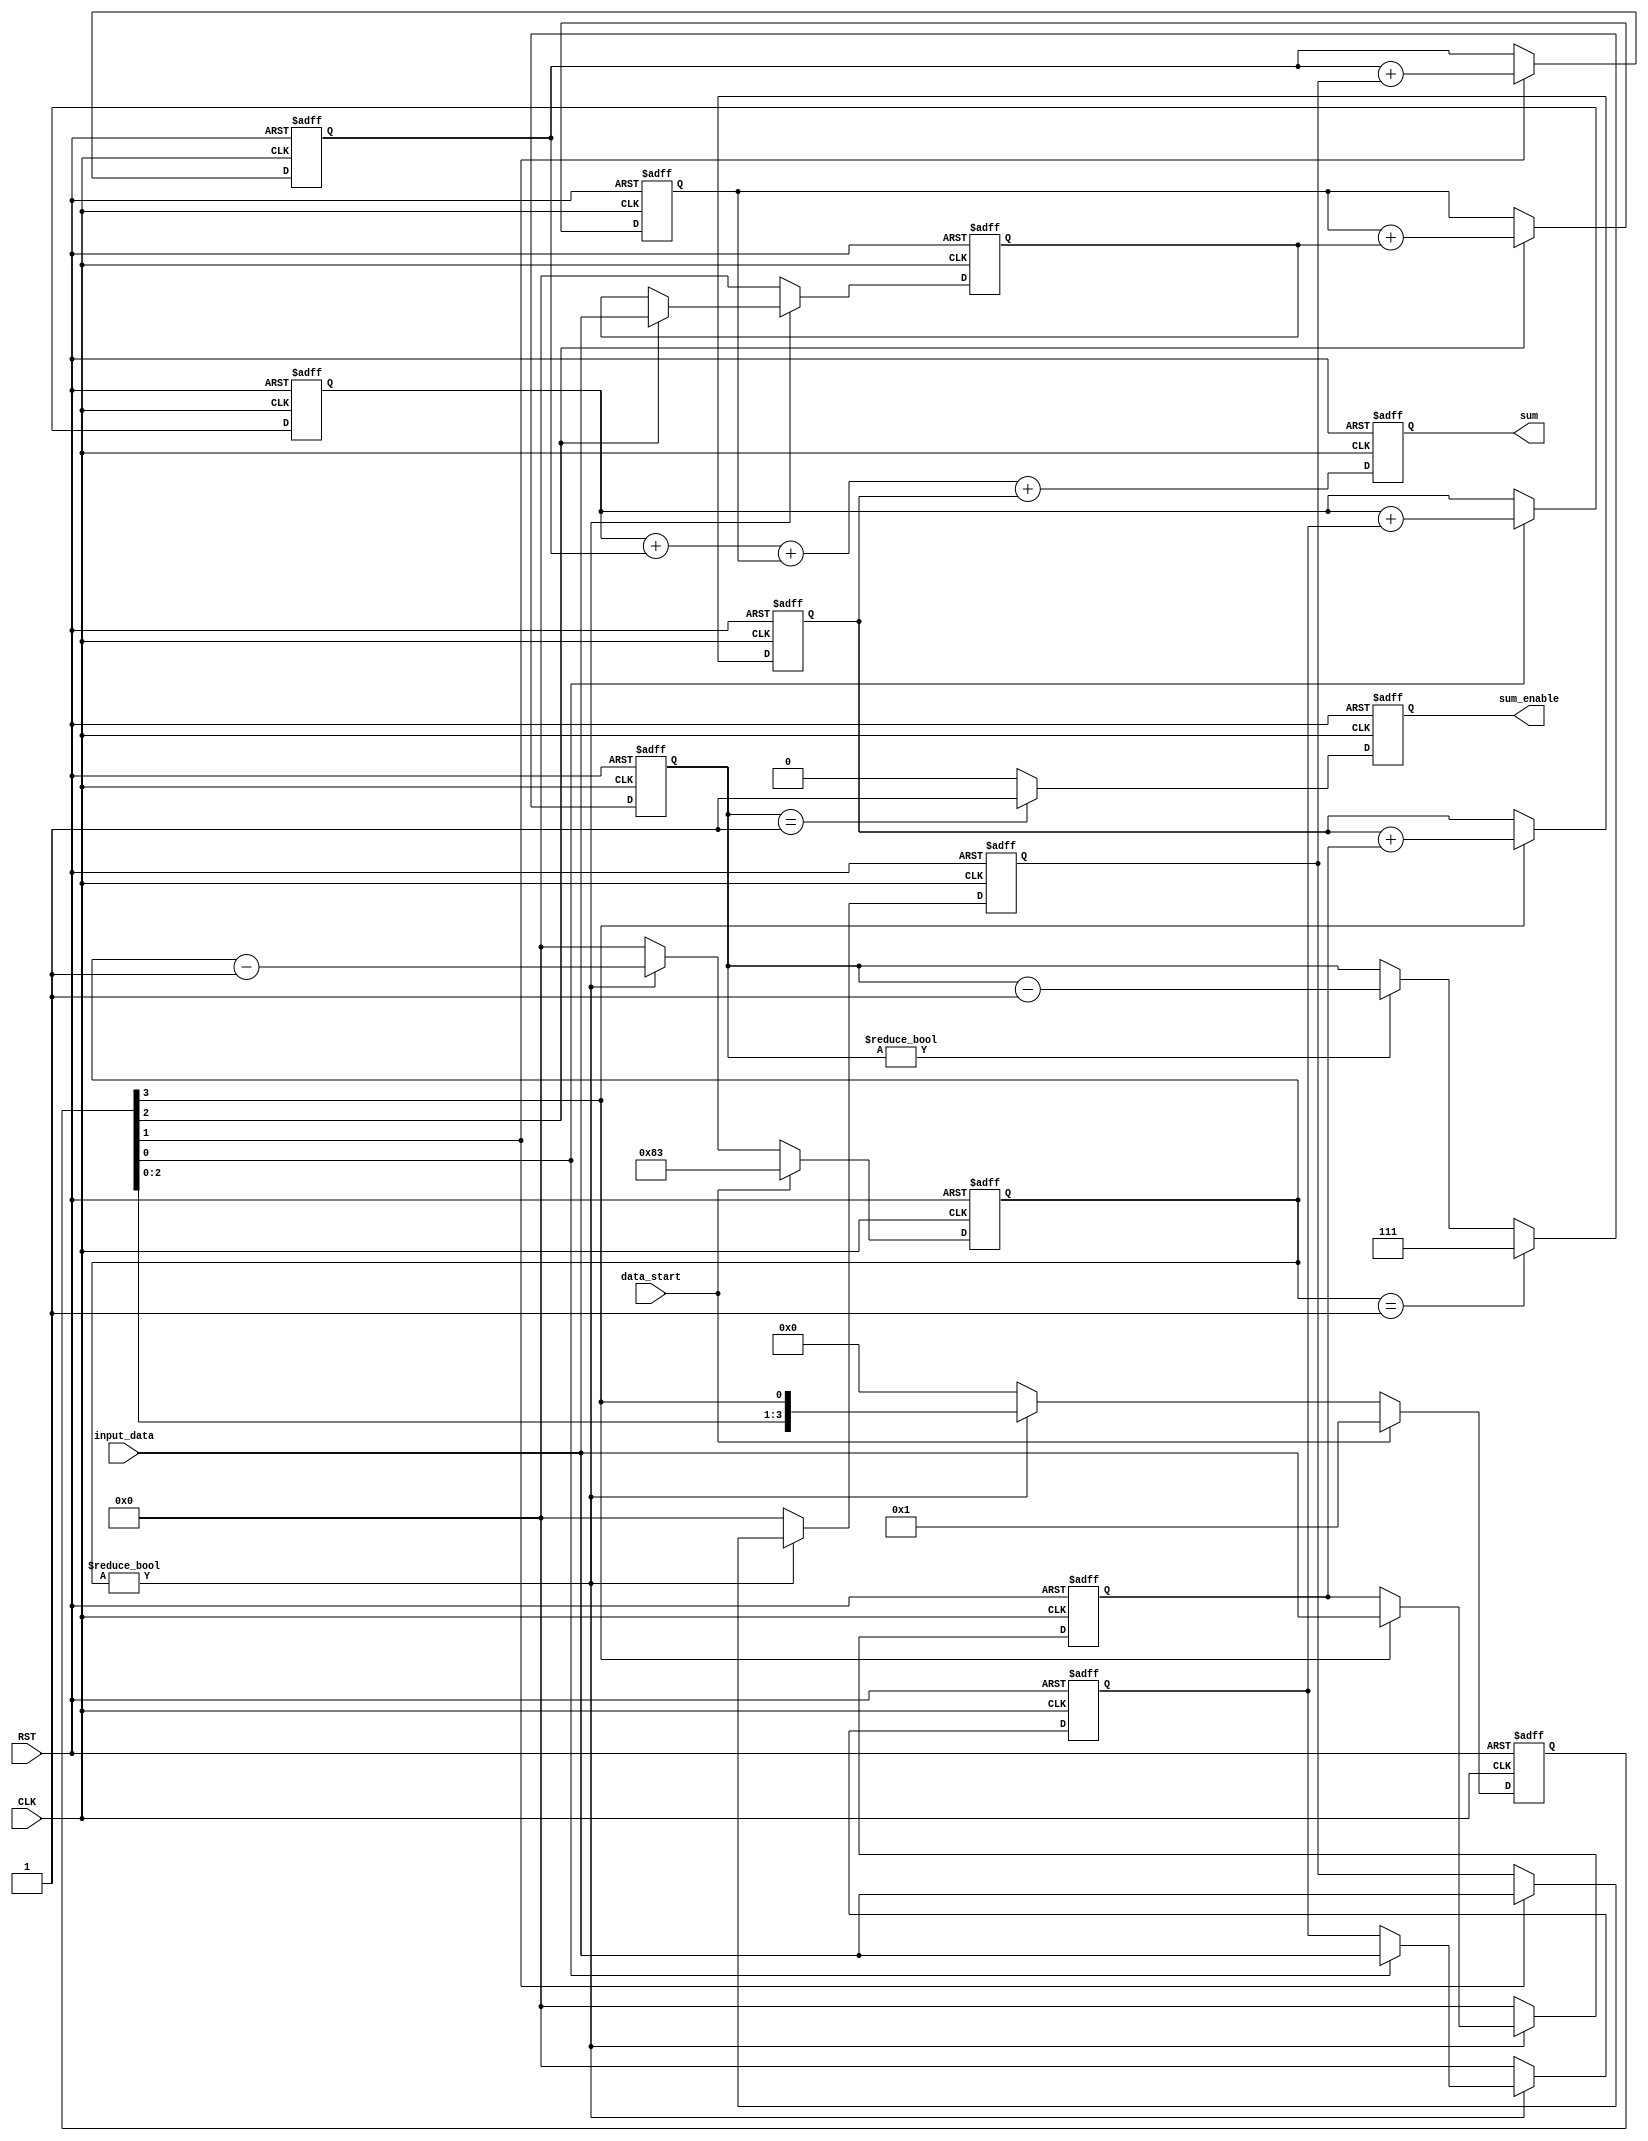
/***********************************************
Module Name:   Sum_Paralell_Enable
Feature:       8 bits summer, 128 input per group 
Coder:         Garfield
Organization:  XXXX Group, Department of Architecture
------------------------------------------------------
Input ports:   input_data, 8 bits, operents
							 data_start, 1 bit, first data flag
               CLK, 1bit clock
               RST, 1 bit, reset
Output Ports:  sum, 17 bits, sum of the 128 inputs
               sum_enable, 1 bit, right result output flag
------------------------------------------------------
History:
01-13-2016: First Version by Garfield
01-13-2016: First verified by Sum_Paralell_Enable_test  ISE/Modelsim
***********************************************/

module sum_parallel_enable
  ( 
    input[7:0] input_data,
    input data_start,
    input CLK, input RST,
    output reg[16:0] sum,
    output reg sum_enable
  );

//Definition for Variables in the module
reg[7:0] count;
//For 7 bits timer
reg[3:0] enables;
//Phased enable
reg[2:0] count1;
//For 2 bits timer

reg[7:0] data1, data2, data3, data4;
//Sample for 4 paralell operation modules
reg [14:0] sum1, sum2,sum3, sum4;
//Result (sum) for 4 paralell operation modules

//Load other module(s)

//Logical

always @(posedge CLK or negedge RST)
//7 bits timer
begin
    if (!RST)
    //Reset
    begin
        count <= 8'h00;
    end
    else if(data_start)
    begin
        count <= 8'h7f + 8'h04;  
        //Constant 4 is for 4 clock delay for last 4 data input
        //Constant 7f for 128 total data      
    end 
    else if (count != 8'h00)
    begin
        count <= count - 8'h01;      	
    end
    else
    begin
        count <= 8'h00;      	
    end
end

always @(posedge CLK or negedge RST)
//7 bits timer
begin
    if (!RST)
    //Reset
    begin
        enables <= 4'b0000;
    end
    else if (data_start)
    begin
        enables <= 4'b0001;
    end
    else if (count != 8'h00)
    begin
        enables <= {enables[2:0], enables[3]}; 
        //Circled for phases     	
    end
    else
    begin
        enables <= 4'b0000;      	
    end
end

always @(posedge CLK or negedge RST)
//2 bits timer
begin
    if (!RST)
    //Reset
    begin
        count1 <= 3'b000;
    end
    else if(count == 7'h01)
    begin
        count1 <= 3'b111;        
    end 
    else if (count1 != 3'b000)
    begin
        count1 <= count1 - 3'b001;      	
    end
end

always @(posedge CLK or negedge RST)
//Sample for branch 1
begin
    if (!RST)
    //Reset
    begin
        data1 <= 8'h00;
    end
    else if  (count != 8'h00) 
    begin
        if (enables[0])
        begin
            data1 <= input_data;
        end
    end
    else
    begin
        data1 <= 8'h00;
   end    
end

always @(posedge CLK or negedge RST)
//Sample for branch 2
begin
    if (!RST)
    //Reset
    begin
        data2 <= 8'h00;
    end
    else if(count != 8'h00)
    begin
        if (enables[1])
        begin
            data2 <= input_data;
        end
    end
    else
    begin
        data2 <= 8'h00;
   end    
end

always @(posedge CLK or negedge RST)
//Sample for branch 3
begin
    if (!RST)
    //Reset
    begin
        data3 <= 8'h00;
    end
    else if(count != 8'h00)
    begin
        if (enables[2])
        begin
            data3 <= input_data;
        end
    end
    else
    begin
        data3 <= 8'h00;
   end    
end

always @(posedge CLK or negedge RST)
//Sample for branch 4
begin
    if (!RST)
    //Reset
    begin
        data4 <= 8'h00;
    end
    else if(count != 8'h00)
    begin
        if (enables[3])
        begin
            data4 <= input_data;
        end
    end
    else
    begin
        data4 <= 8'h00;
   end    
end

always @(posedge CLK or negedge RST)
//Paralell sum brach 1
begin
    if (!RST)
    //Reset
    begin
        sum1 <= 15'h0000;
    end
    else
    begin
        if (enables[0])
        begin
            sum1 <= sum1 + {7'h00, data1};
        end
    end
end

always @(posedge CLK or negedge RST)
//Paralell sum brach 2
begin
    if (!RST)
    //Reset
    begin
        sum2 <= 15'h0000;
    end
    else
    begin
        if (enables[1])
        begin
            sum2 <= sum2 + {7'h00, data2};
        end
    end
end

always @(posedge CLK or negedge RST)
//Paralell sum brach 3
begin
    if (!RST)
    //Reset
    begin
        sum3 <= 15'h0000;
    end
    else
    begin
        if (enables[2])
        begin
            sum3 <= sum3 + {7'h00, data3};
        end
    end
end

always @(posedge CLK or negedge RST)
//Paralell sum brach 4
begin
    if (!RST)
    //Reset
    begin
        sum4 <= 15'h0000;
    end
    else
    begin
        if (enables[3])
        begin
            sum4 <= sum4 + {7'h00, data4};
        end
    end
end

always @(posedge CLK or negedge RST)
//Sum
begin
    if (!RST)
    //Reset
    begin
        sum <= 17'h0_0000;
    end
    else
    begin
        sum <= {2'h0,sum1} + {2'h0,sum2} + {2'h0,sum3} + {2'h0,sum4}; 
    end
end

always @(posedge CLK or negedge RST)
//Sum
begin
    if (!RST)
    //Reset
    begin
        sum_enable <= 1'b0;
    end
    else if (count1 == 3'b001)
    begin 
        sum_enable <= 1'b1; 
    end
    else
    begin 
        sum_enable <= 1'b0; 
    end
end
endmodule